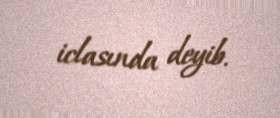
iclasında deyib.